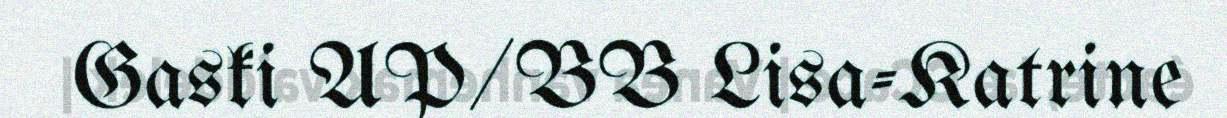
Gaski AP/BB Lisa-Katrine